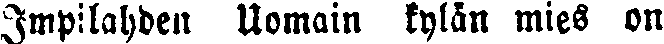
Impilahden Uomain kylän mies on